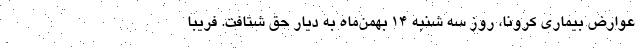
عوارض بیماری کرونا، روز سه شنبه ۱۴ بهمن‌ماه به دیار حق شتافت. فریبا